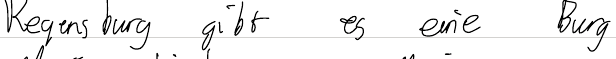
Regensburg gibt es eine Burg